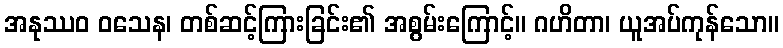
အနုဿဝ ဝသေန၊ တစ်ဆင့်ကြားခြင်း၏ အစွမ်းကြောင့်။ ဂဟိတာ၊ ယူအပ်ကုန်သော။